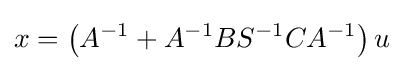
x=\left(A^{-1}+A^{-1}BS^{-1}CA^{-1}\right)u